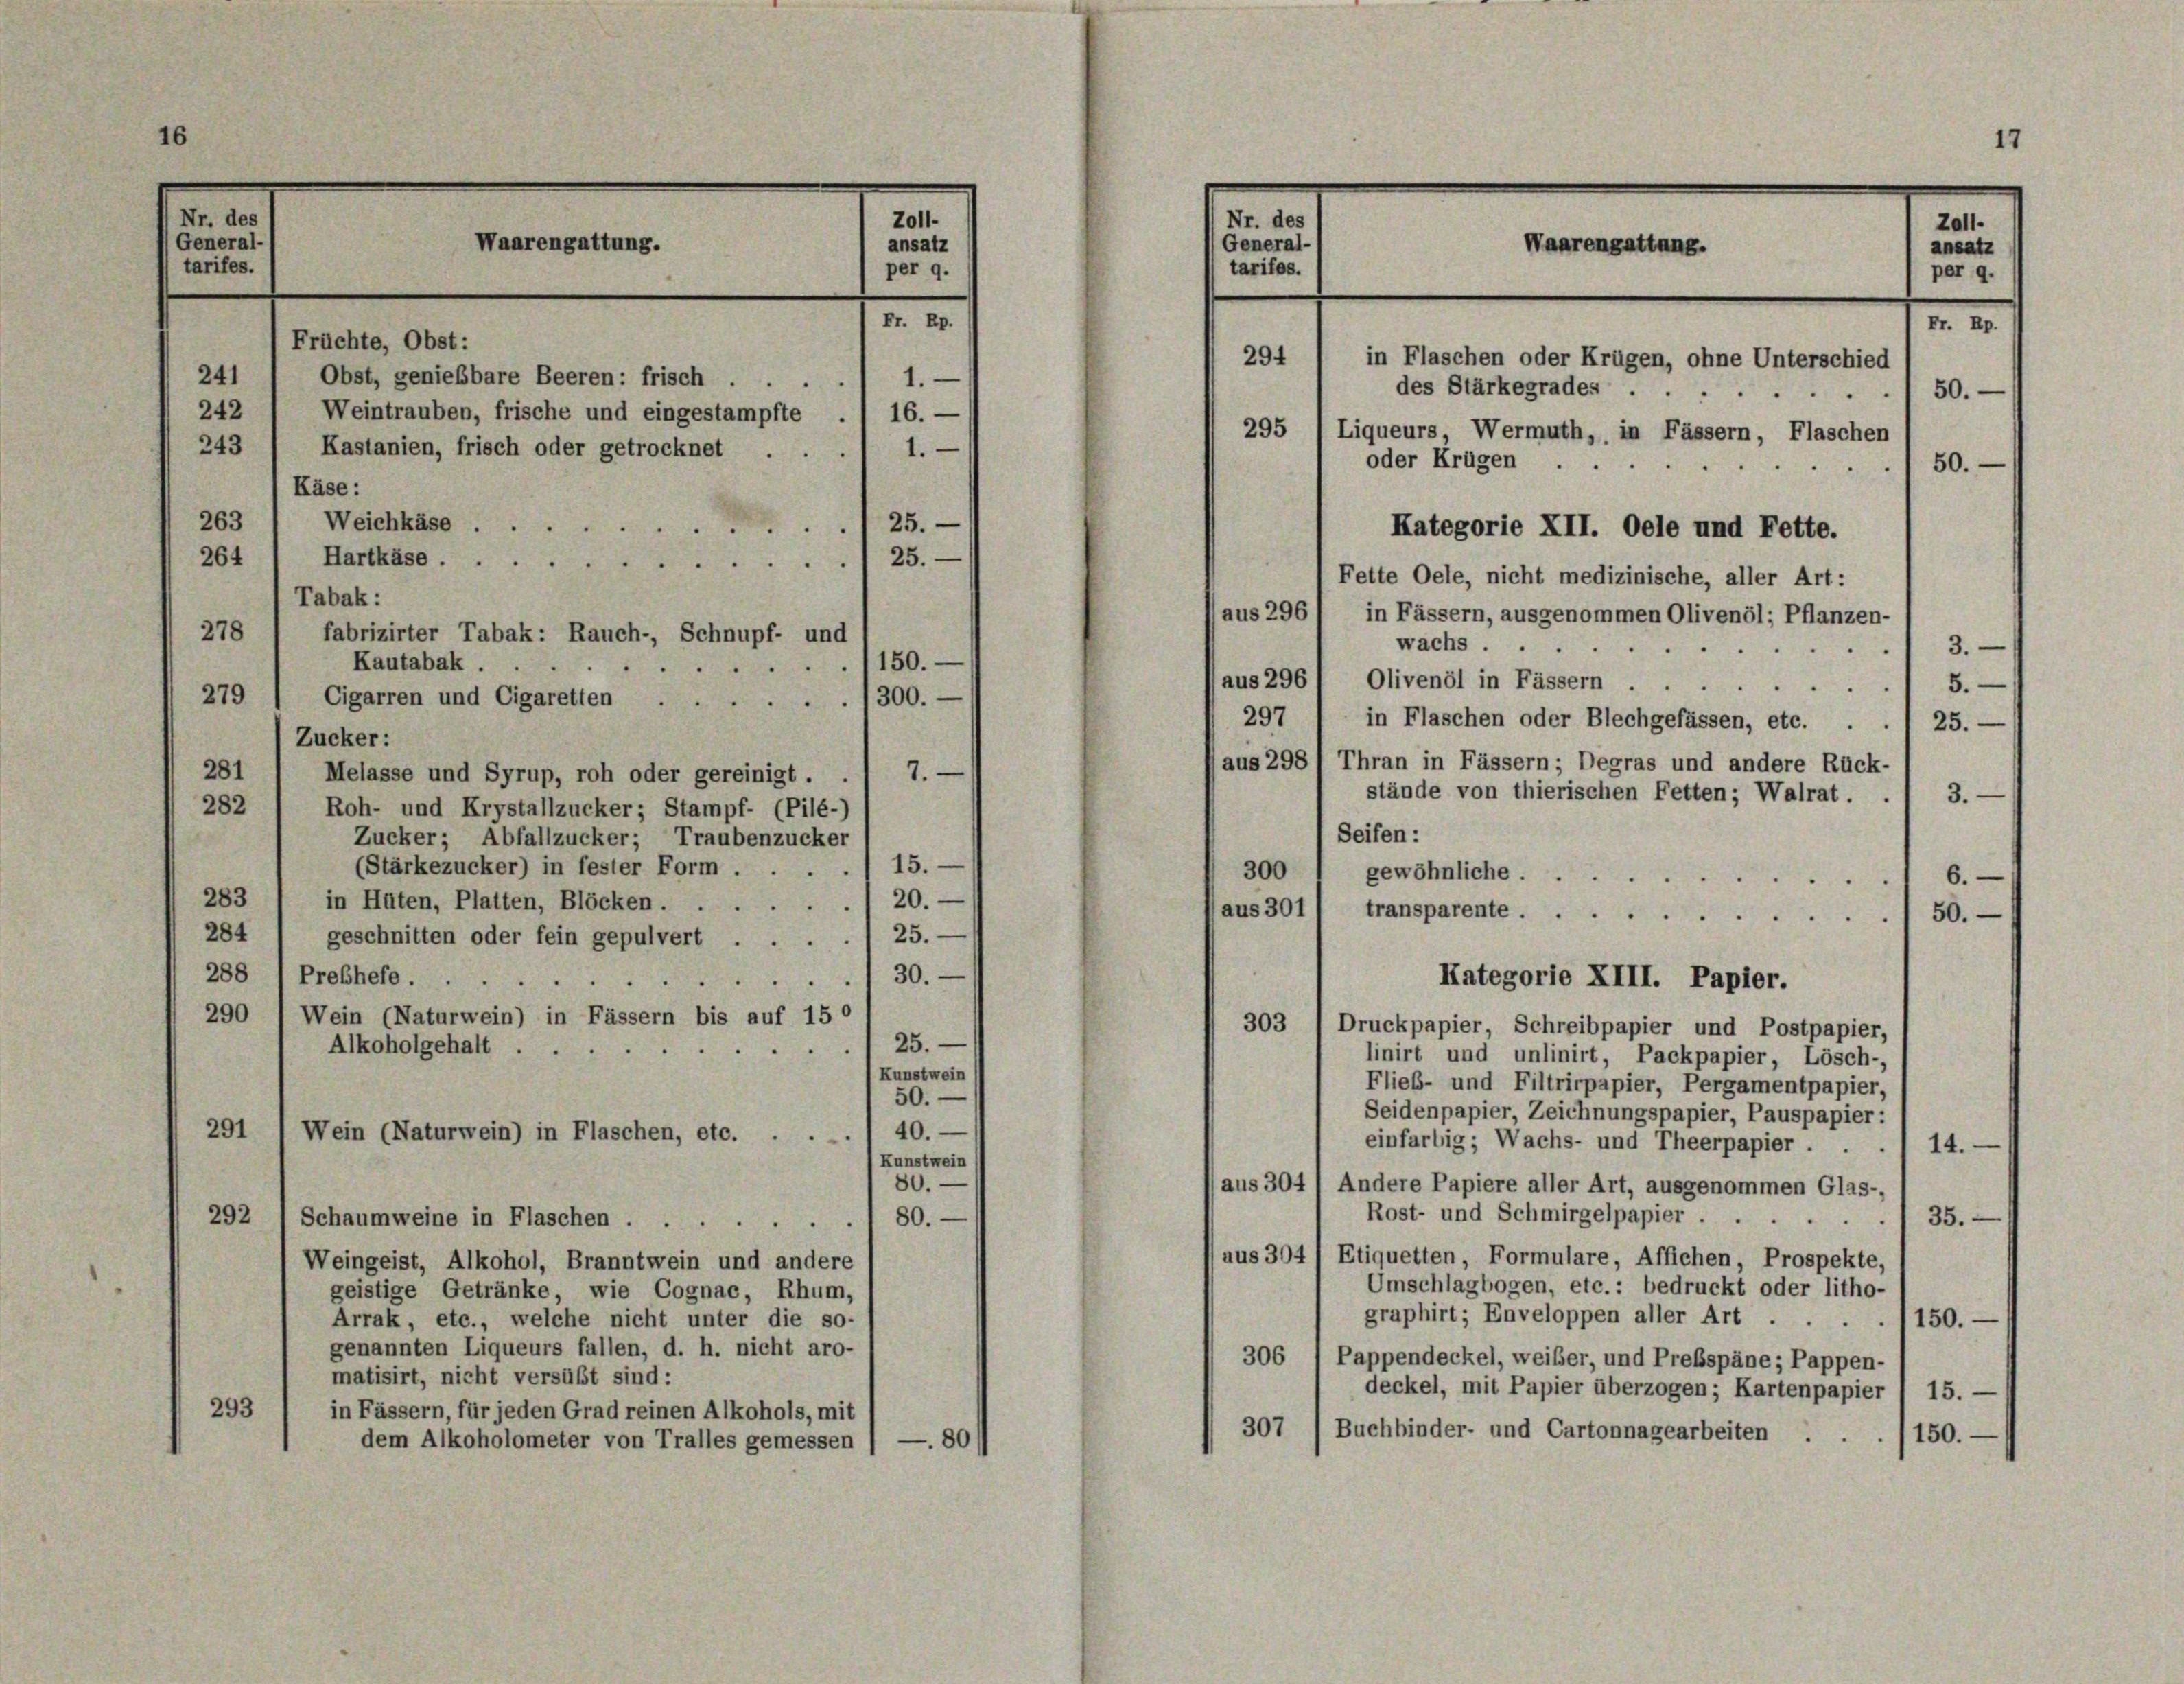
16
(Nr. des
General-
Waarengattung.
tarifes.
Fr. Rp.
Früchte, Obst:
Obst, genießbare Beeren: frisch
241
1.
Weintrauben, frische und eingestampfte
242
16.
243
Kastanien, frisch oder getrocknet
1.
Käse:

Z011.
ansatz
per 9.

Nr. des
General
tarifes.

Waarengattung.
Fr. Rp.
294
in Flaschen oder Krügen, ohne Unterschied
des Stärkegrades
50.
295 1 Liqueurs Wermuth, in Fässern, Flaschen
oder Krügen ...
50.
Kategorie XII. Oele und Fette.
Fette Oele, nicht medizinische, aller Art:

Zall.
ansatz
per 9.

263
Weichkäse
25.
264
Hartkäsel 25.
Tabak:
aus 296
in Fässern, ausgenommen Olivenöl; Pflanzen-
278
fabrizirter Tabak: Rauch-, Schnupf- und
wachs .
 3.
Kautabak.
150.

aus 296 l Olivenöl in Fässern
5.
279
Cigarren und Cigaretten/300.
297 ; in Flaschen oder Blechgefässen, etc. . . 1 25.-
Zucker:
aus 298 / Thran in Fässern; Degras und andere Rück-
281
7.
Melasse und Syrup, roh oder gereinigt.
stände von thierischen Fetten; Walrat.
3.
282
Roh- und Krystallzucker; Stampf- (Pilé-)
Seifen:
Zucker; Abfallzucker; Traubenzucker
15.
(Stärkezucker) in fester Form.
300
gewöhnliche.
6.
283
in Hüten, Platten, Blöcken. 20.
aus 301
transparente 50.
284 1 geschnitten oder fein gepulvert ... 25.-
30.
288 1 Prebhefe
Kategorie XIII. Papier.

290 1 Wein (Naturwein) in Fässern bis auf 150
303 / Druckpapier, Schreibpapier und Postpapier,
25.
Alkoholgehalt .
linirt und unlinirt, Packpapier, Lösch-,
(Kunstwein
Flieb- und Filtrirpapier, Pergamentpapier,
50.
Seidenpapier, Zeichnungspapier, Pauspapier:
291
40.
Wein (Naturwein) in Flaschen, etc.
einfarbig; Wachs- und Theerpapier . .
14.
Kunstwein
80.
aus 304
Andere Papiere aller Art, ausgenommen Glas-
Rost- und Schmirgelpapier
35.
80.
292 1 Schaumweine in Flaschen ...
.
aus 304 1 Etiquetten, Formulare, Affichen, Prospekte,
Weingeist, Alkohol, Branntwein und andere
Umschlagbogen, etc.: bedruckt oder litho-
geistige Getränke, wie Cognac, Rhum,
graphirt; Enveloppen aller Art. 1150.-
Arrak, etc., welche nicht unter die so-
genannten Liqueurs fallen, d. h. nicht aro-
306 1 Pappendeckel, weiber, und Prebspäne; Pappen-
matisirt, nicht versüßt sind:
deckel, mit Papier überzogen; Kartenpapier 1 15. —
293
in Fässern, für jeden Grad reinen Alkohols, mit
307 (Buchbinder- und Cartonnagearbeiten
150.
dem Alkoholometer von Tralles gemessen / —. 80

17